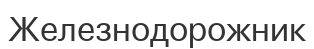
Железнодорожник